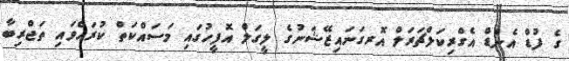
ގެ ފުޑް އެންޑް އެގްރިކަލްޗަރަލް އޮރގަނައިޒޭޝަނުގެ ލީގަލް އޮފީހުގައި މަސައްކަތް ކުރައްވައި ތަޖްރިބާ